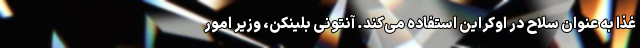
غذا به عنوان سلاح در اوکراین استفاده می‌کند. آنتونی بلینکن، وزیر امور